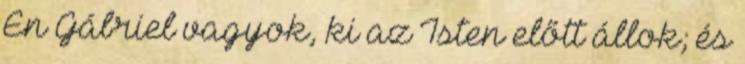
Én Gábriel vagyok, ki az Isten előtt állok; és